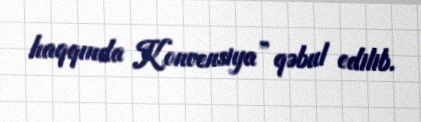
haqqında Konvensiya” qəbul edilib.